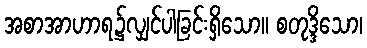
အစာအာဟာရ၌လျှင်ပါခြင်းရှိသော။ စတုဒ္ဒိသော၊